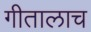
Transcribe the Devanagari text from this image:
गीतालाच